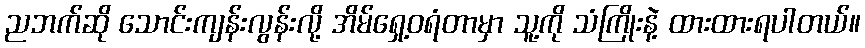
ညဘက်ဆို သောင်းကျန်းလွန်းလို့ အိမ်ရှေ့ဝရံတာမှာ သူ့ကို သံကြိုးနဲ့ ထားထားရပါတယ်။